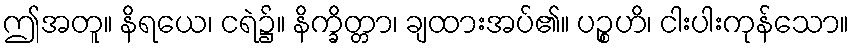
ဤအတူ။ နိရယေ၊ ငရဲ၌။ နိက္ခိတ္တာ၊ ချထားအပ်၏။ ပဉ္စဟိ၊ ငါးပါးကုန်သော။